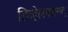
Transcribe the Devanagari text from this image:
डिव्हेलपमण्ट्